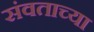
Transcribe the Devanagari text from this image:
संवताच्या